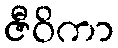
ဇီဝိကာ